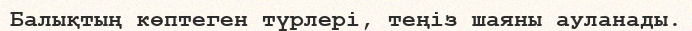
Балықтың көптеген түрлері, теңіз шаяны ауланады.